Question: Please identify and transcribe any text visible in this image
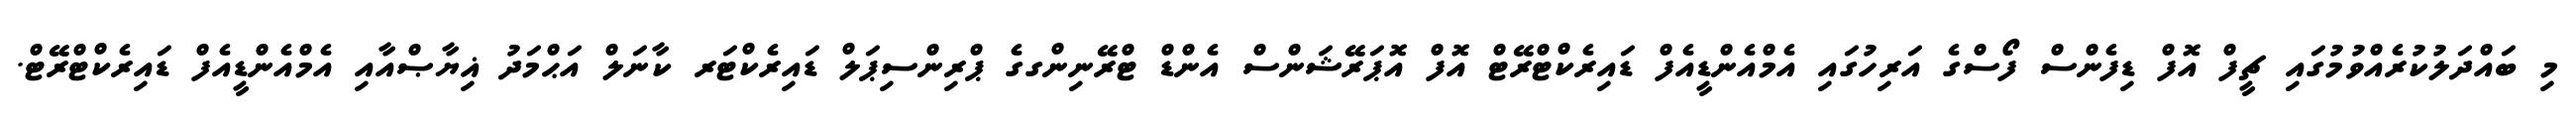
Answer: މި ބައްދަލުކުރެއްވުމުގައި ޗީފް އޮފް ޑިފެންސް ފޯސްގެ އަރިހުގައި އެމްއެންޑީއެފް ޑައިރެކްޓްރޭޓް އޮފް އޮޕަރޭޝަންސް އެންޑް ޓްރޭނިންގގެ ޕްރިންސިޕަލް ޑައިރެކްޓަރ ކާނަލް އަޙްމަދު ޣިޔާޞްއާއި އެމްއެންޑީއެފް ޑައިރެކްޓްރޭޓް.